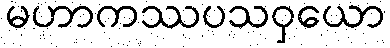
မဟာကဿပသဝှယော